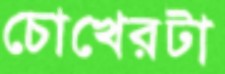
চোখেরটা